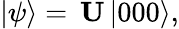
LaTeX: \begin{array}{r}{|\psi\rangle=\, {\mathbf U}\, |000\rangle,}\end{array}